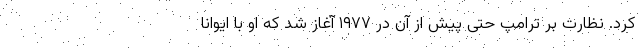
کرد. نظارت بر ترامپ حتی پیش از آن در ۱۹۷۷ آغاز شد که او با ایوانا